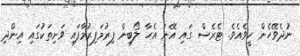
ނުދެވޭހެން ހީވެއެވެ. ޓެރެސް ގައި އޭނަ އެހާ ލޯބިން ފިރުމަފިރުމާފައި ވަށިތަކުގައި އިންދި